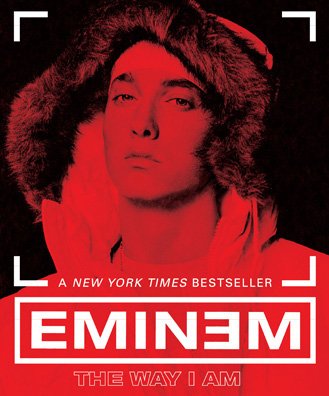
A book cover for The Way I Am; Eminem; Arts & Photography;